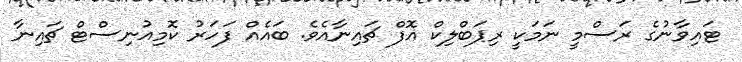
ޓައިވާނުގެ ރަސްމީ ނަމަކީ ރިޕަބްލިކް އޮފް ޗައިނާއެވެ. ބައެއް ފަހަރު ކޮމިއުނިސްޓް ޗައިނާ